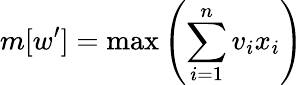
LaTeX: m[w^{\prime}]=\operatorname*{max}\left(\sum_{i=1}^{n}v_{i}x_{i}\right)